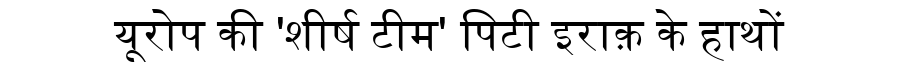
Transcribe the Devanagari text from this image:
यूरोप की 'शीर्ष टीम' पिटी इराक़ के हाथों